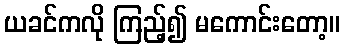
ယခင်ကလို ကြည့်၍ မကောင်းတော့။